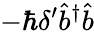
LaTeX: -\hbar\delta^{\prime}\hat{b}^{\dagger}\hat{b}